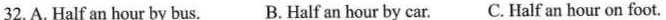
32. A. Half an hour by bus. B. Half an hour by car. C. Half an hour on foot.